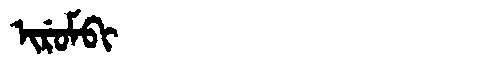
Manchu: ᡳᡵᡠᠮᠪᡳ
Romanization: IRUMBI